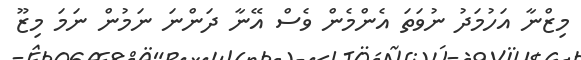
މިޒްނާ އަހުމަދު ނުވަތަ އެންމެން ވެސް އޭނާ ދަންނަ ނަމުން ނަމަ މިޒޫ